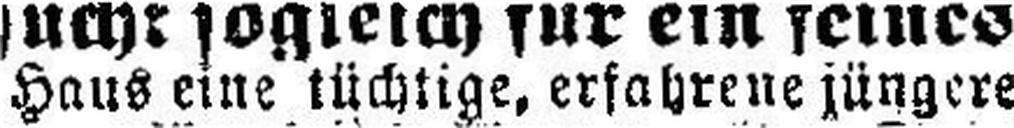
Haus eine tüchtige, erfahrene jügere